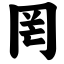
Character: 罔